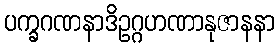
ပက္ခဂဏနာဒိဥဂ္ဂဟဏာနုဇာနနာ